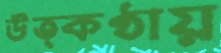
উত্কণ্ঠায়